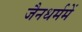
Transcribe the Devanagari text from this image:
जैनधर्ममें